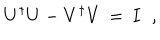
U ^ { \dagger } U - V ^ { \dagger } V \, = \, I \; \; ,